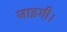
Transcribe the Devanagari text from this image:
जाइगी।